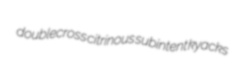
doublecross citrinous subintent kyacks